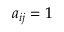
a _ { i j } = 1